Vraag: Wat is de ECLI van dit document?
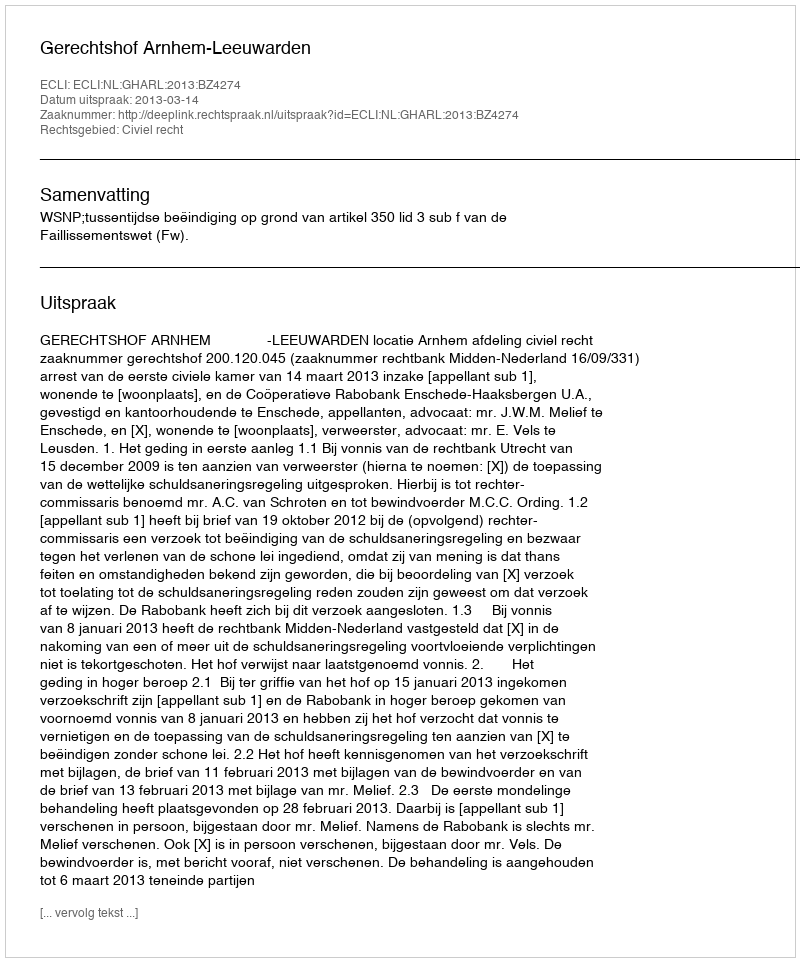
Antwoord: ECLI:NL:GHARL:2013:BZ4274